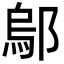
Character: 鄔